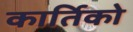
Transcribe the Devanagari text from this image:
कार्तिको